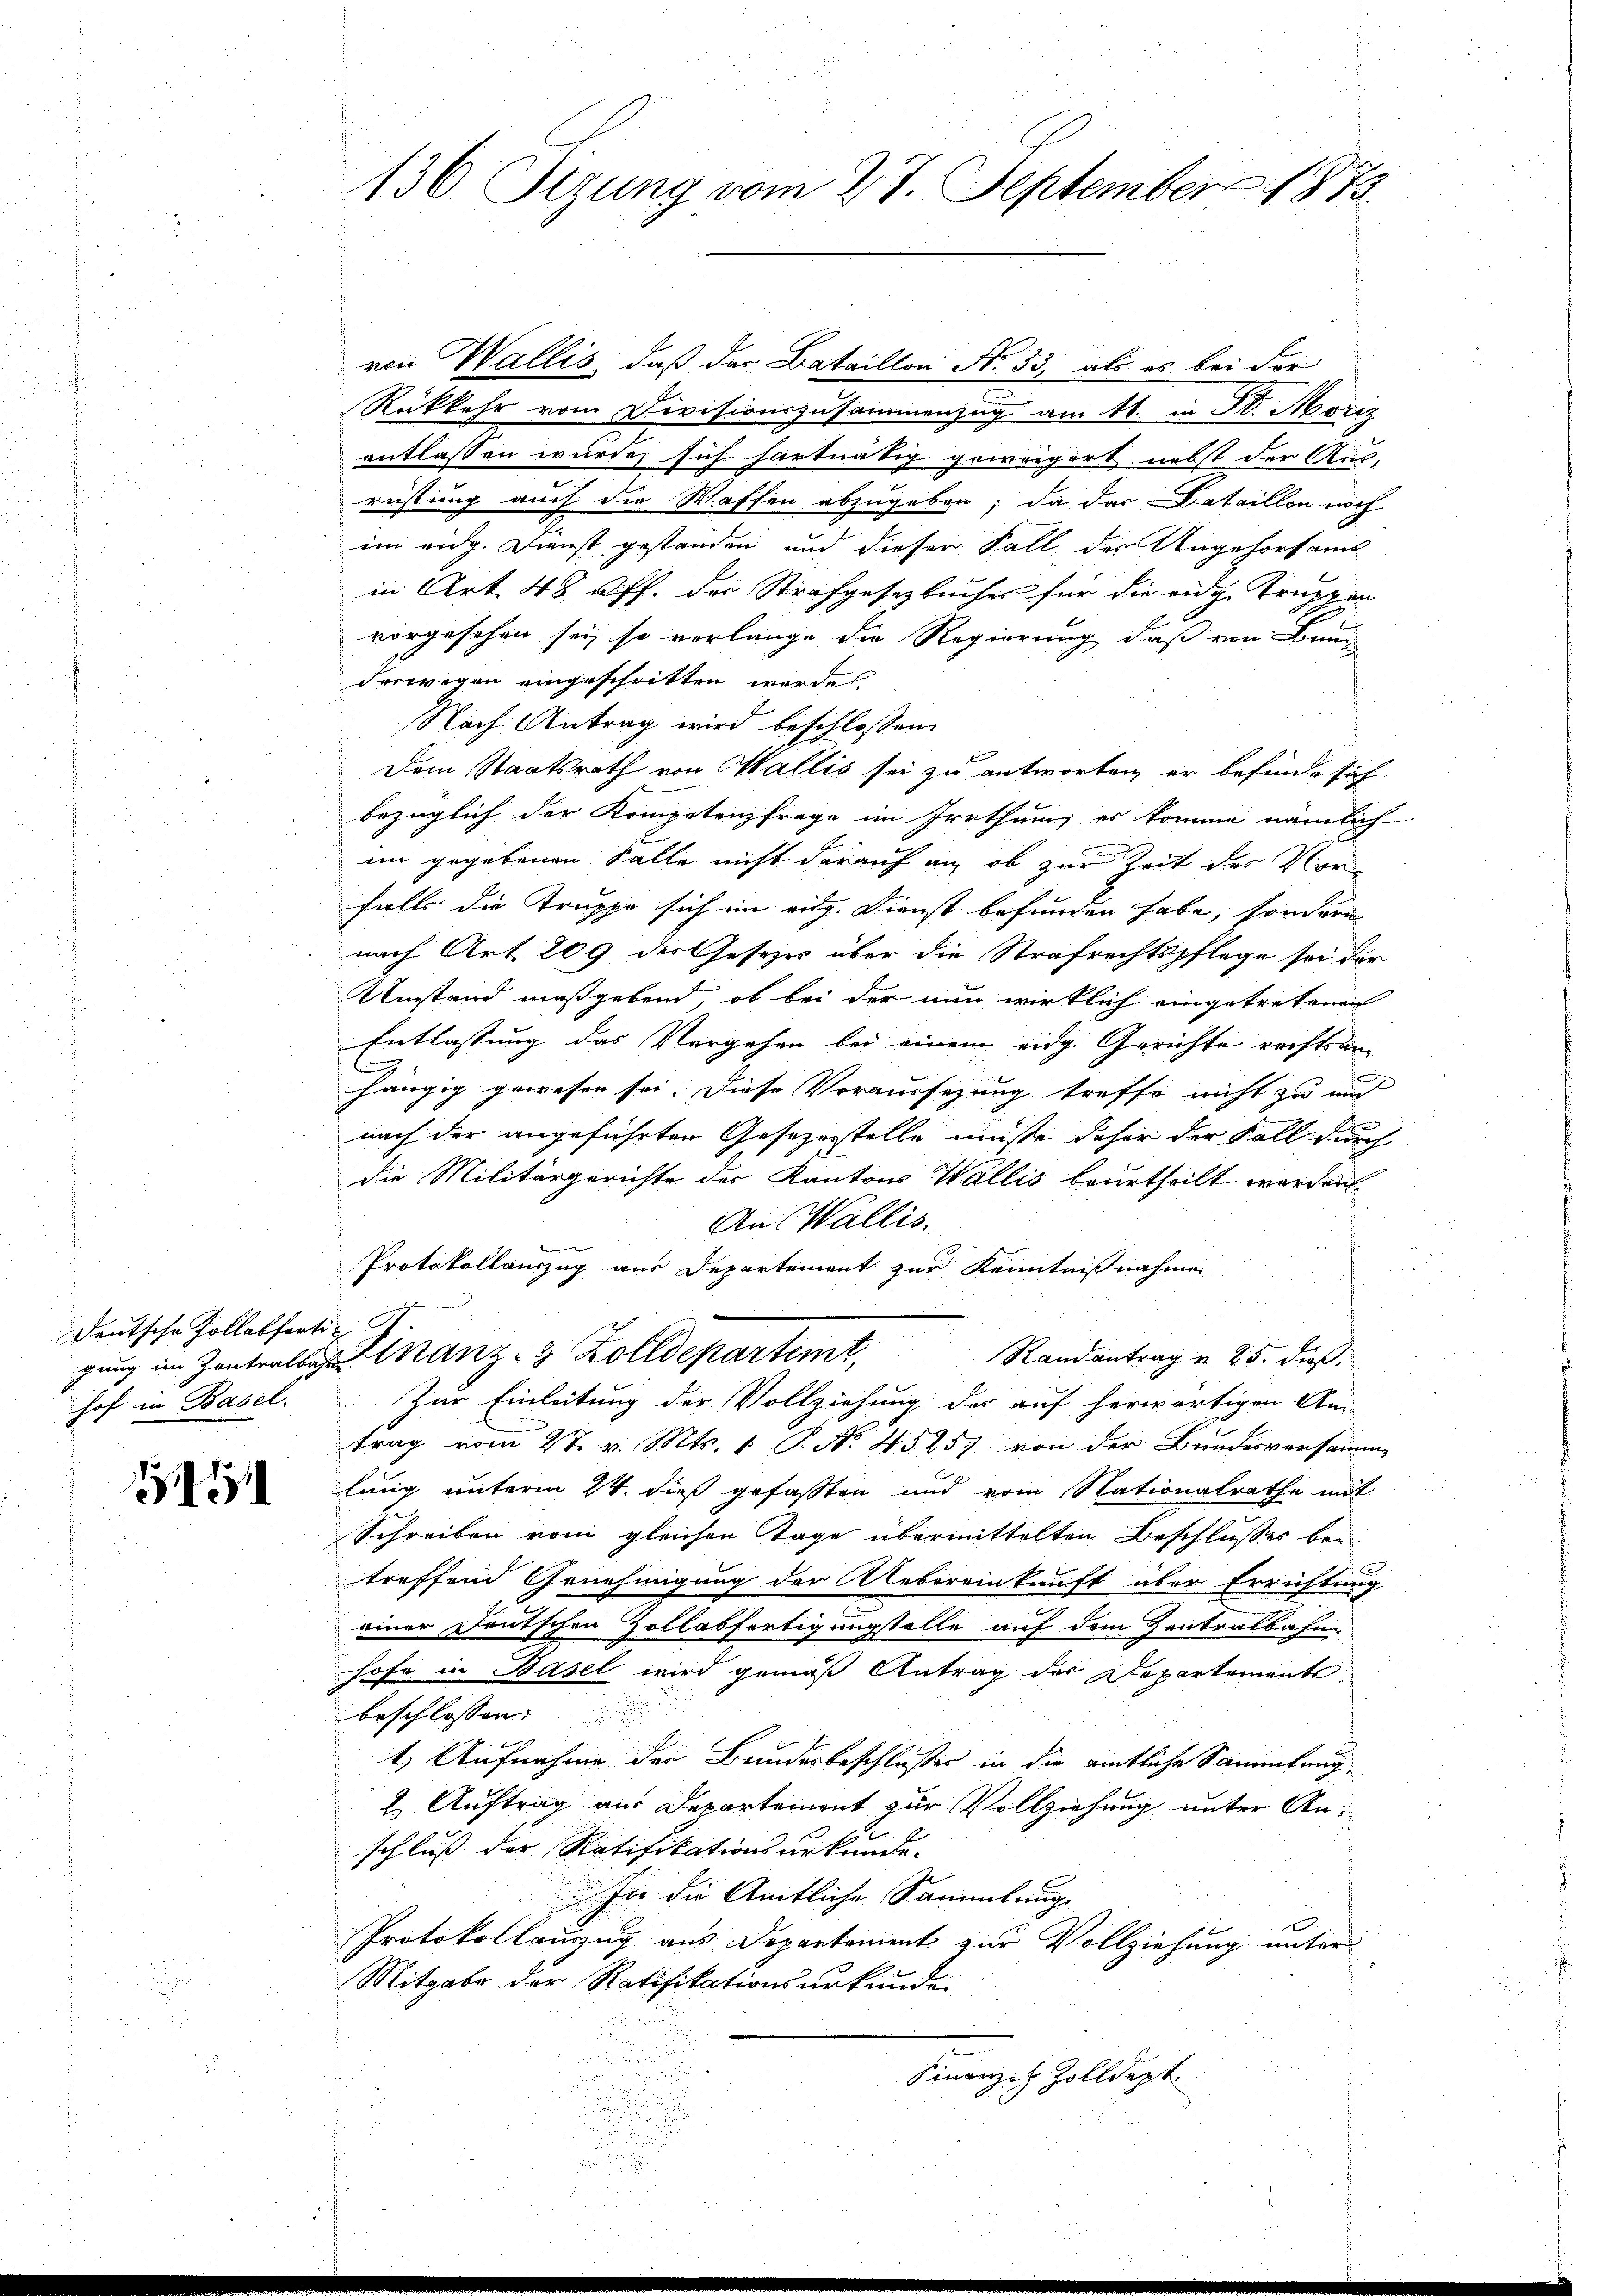
Deutsche Zollabferti-
gung im Zentralbahn
hof in Basel.

5

136. Sizung vom 27. September 1873.

Rückkehr vom Divisionszusammenzug am 11. in St. Moriz
entlassen wurde, sich hartnätig geweigert nebst der Aus-
rüstung auch die Waffen abzugeben; da das Bataillon noch
im eidg. Dienst gestanden und dieser Fall der Angehorsams
in Art. 48 ff. der Strafgesetzbuches für die eidg. Truppen
vorgesehen sei, so verlänge die Regierung, daß von Bun
derwegen eingeschritten werde
Nach Antrag wird beschlossen:
Dem Staatsrath von Wallis sei zu antworten, er befinde sich
bezüglich der Kompetenzfrage im Irrthum; es komme nämlich
im gegebenen Falle nicht darauf an, ob zur Zeit des Vor
falls die Truppe sich im eidg. Dienst befunden habe, sondern
nach Art. 209 der Gesezes über die Strafrechtspflege sei der
Anstand maßgebend, ob bei der nun wirklich eingetretenen
Entlassung das Vergehen bei einem eidg. Gerichte rechts un
hängig gewesen sei. Diese Voraussezung treffe nicht zu und
nach der angeführten Gesezesstelle müßte daher der Fall durch
die Militärgerichte des Kantons Wallis beurtheilt werden.
An Wallis.
Protokollauszug aus Departement zur Kenntnißnahme
2
Finanz-3 Zolldepartemt, Randantrag u. 25. dieβ.
Zur Einleitung der Vollziehung des auf herwärtigen An-
trag vom 27. v. Mts. 1. P. Nr. 45257 von der Bundesversamme
lung unterm 24. dieß gefassten und vom Nationalrathe mit
Schreiben vom gleichen Tage übermittelten Beschlußes bei
treffend Genehmigung der Uebereinkunft aber Errichtung
einer Deutschen Zollabfertigungstelle auf dem Zentralbahn
hofe in Basel wird gemäß Antrag des Departements
beschlossen:
1.) Aufnahme der Bundesbeschlusser in die amtliche Sammlung
2. Auftrag aus Departement zur Vollziehung unter Anschluß der Ratifikationsurkunde.
 In die Amtliche Sammlung
Protokollauszug aus Departement zur Vollziehung unter
Mitgabe der Ratifikationsurkunde.
Finanze Zolldept
u
s

von Wallis, daß der Bataillon No. 53, als es bei der